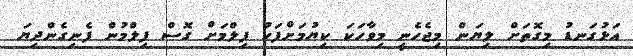
އަޅުގަނޑު މިގޮތަށް ލިޔަން މިޖެހެނީ މިވާހަކަ ކިޔުމަށްފަހު ފިލްމަށް ގޮސް ފިލްމުން ފެނިގެންދިޔަ